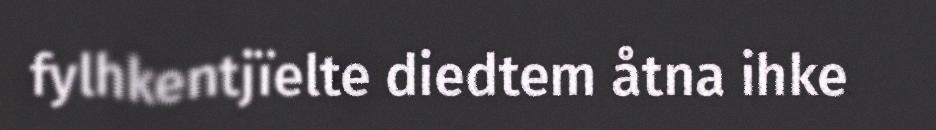
fylhkentjïelte diedtem åtna ihke